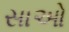
સાઓ